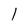
Character: l